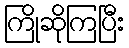
ကြိုဆိုကြပြီး